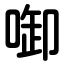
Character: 啣